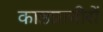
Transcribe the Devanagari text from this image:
काष्ठप्राचीरों